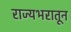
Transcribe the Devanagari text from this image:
राज्यभरातून